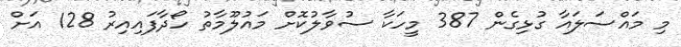
މި މައްސަލައާ ގުޅިގެން 387 މީހަކާ ސުވާލުކޮށް މައުލޫމާތު ހޯދާފައިއިރު 128 އަށް